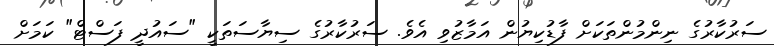
ސަރުކާރުގެ ނިންމުންތަކަށް ފާޑުކިޔުން އަމާޒުވި އެވެ. ސަރުކާރުގެ ސިޔާސަތަކީ "ސައުދީ ފަސްޓް" ކަމަށް